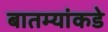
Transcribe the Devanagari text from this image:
बातम्यांकडे